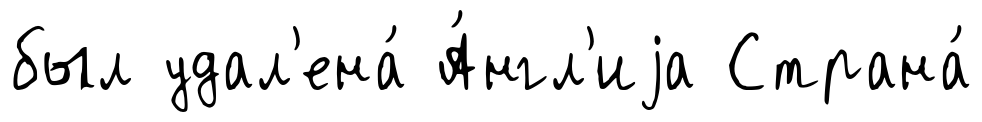
был удал'ена́ А́нгл'иjа Страна́